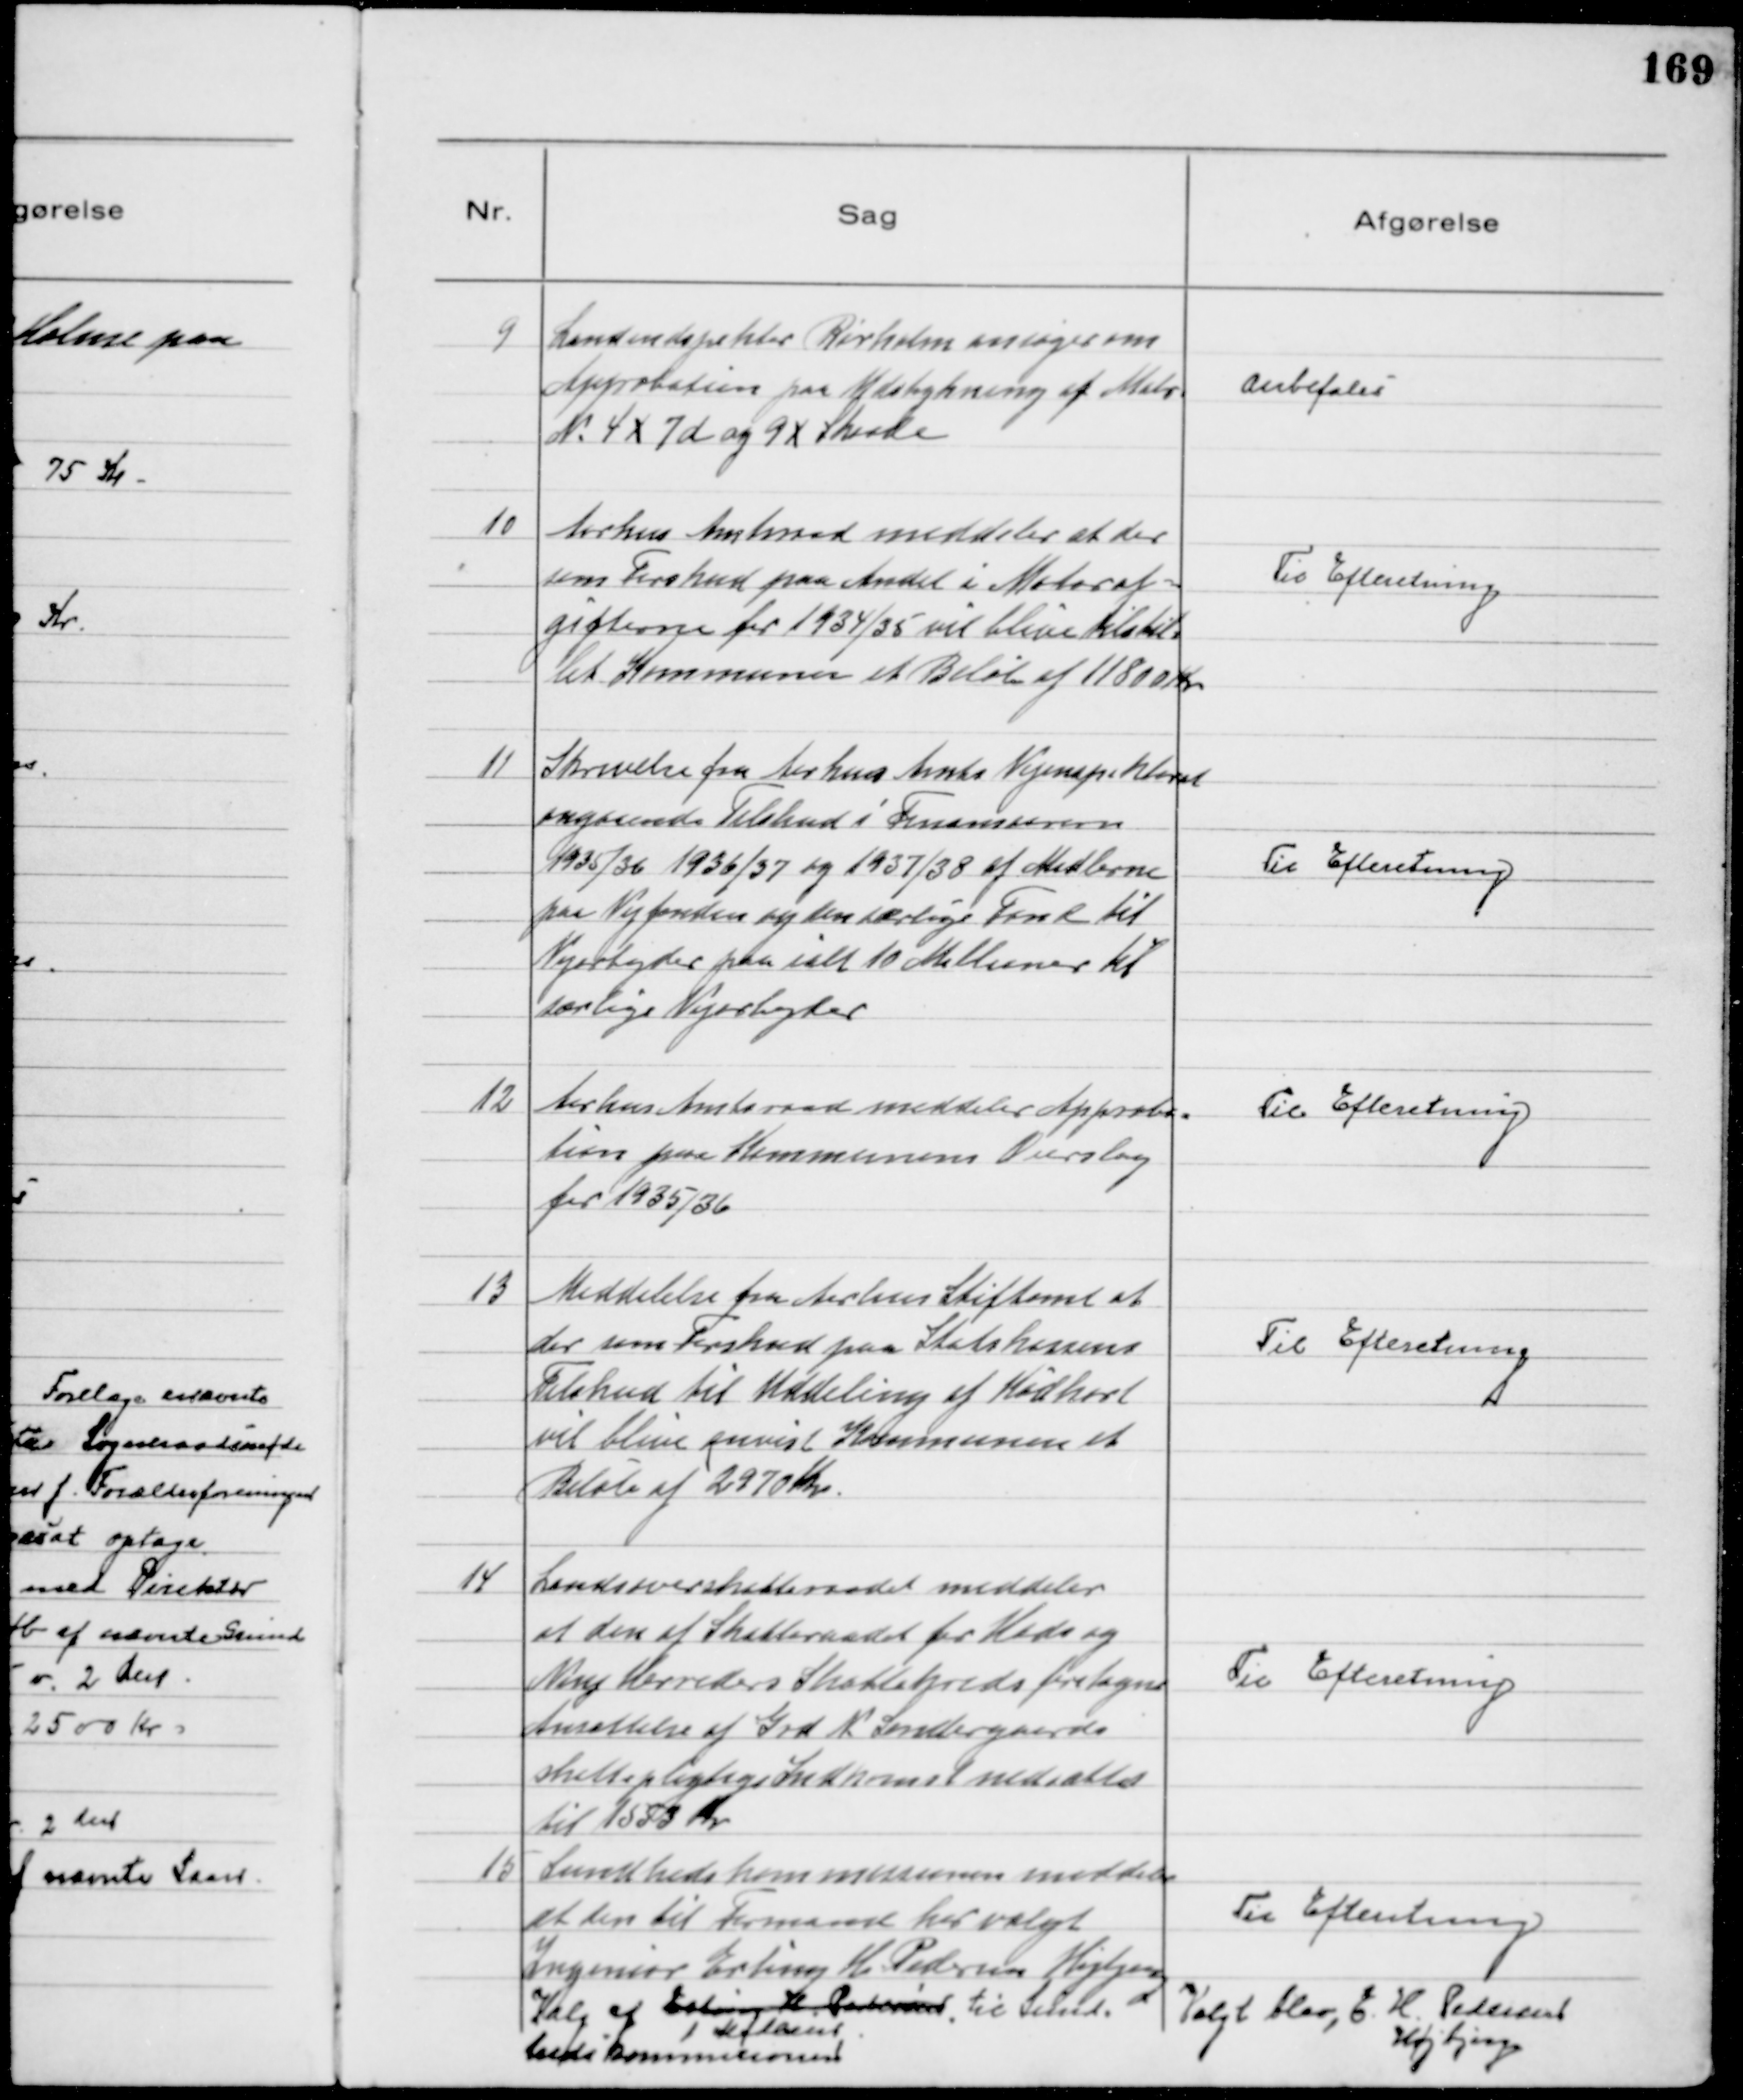
Transskription:
9
Landinspektør Rørholm ansøger om
Approbation paa Udstykning af Matr.
№ 4x 7d og 9x Skaade

Anbefales

10
Aarhus Amtsraad meddeler at der
som Forskud paa Andel i Motoraf=
gifterne for 1934/35 vil blive tilstil=
let Kommunen et Beløb af 11800 Kr

Til Efteretning

11
Skrivelse fra Aarhus Amts Vejinspektorat
angaaende Tilskud i Finansaarene
1935/36 1936/37 og 1937/38 af Midlerne
paa Vejfonden og den særlige Fond til
Vejarbejder paa ialt 10 Millioner til
særlige Vejarbejder

Til Efteretning

12
Aarhus Amtsraad meddeler Approba=
tion paa Kommunens Overslag
for 1935/36

Til Efteretning

13
Meddelelse fra Aarhus Stiftamt at
der som Forskud paa Statskassens
Tilskud til Uddeling af Kødkort
vil blive anvist Kommunen et
Beløb af 2970 Kr.

Til Efteretning

14
Landsoverskatteraadet meddeler
at den af Skatteraadet for Hads og
Ning Herreders Skattekreds foretagne
Ansættelse af Grd K Søndergaards
skattepligtige Indkomst nedsættes
til 1553 Kr

Til Efteretning

15
Sundhedskommissionen meddeler
at den til Formand har valgt
Ingeniør Erling H. Pedersen Højbjerg
Til Efteretning
Valg af Erling H. Pedersen
1 Medlem
til Sund=
hedskommissionen
Valgt blev, E. H. Pedersen
Højbjerg